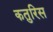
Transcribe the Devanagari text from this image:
कतुरिस